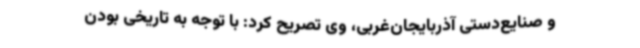
و صنایع‌دستی آذربایجان‌غربی، وی تصریح کرد: با توجه به تاریخی بودن